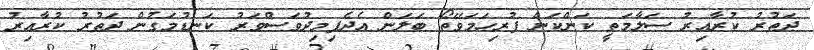
ދަތުރު ކުރާއިރު ސަލާމަތީ ކަންކަން ފުރިހަމަވޭތޯ ބަލަން އެދެފިމިދުވަސްވަރު ކަނޑުމަގުން ދަތުރު ކުރާއިރު